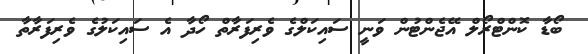
ބޯޑާ ކޮންޓްރޯލް އޭޖެންޓުން ވަނީ ސައިކަލްގެ ވެރިފަރާތް ހޯދާ އެ ސައިކަލުގެ ވެރިފަރާތާ